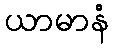
ယာမာနံ